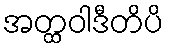
အတ္ထဝါဒီတိပိ